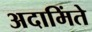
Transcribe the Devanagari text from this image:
अदामिंते